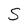
Character: S